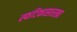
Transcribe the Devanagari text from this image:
स्फटिकासारखा